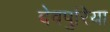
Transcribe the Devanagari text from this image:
देवपुरिया